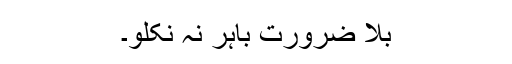
بلا ضرورت باہر نہ نکلو۔